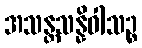
အသန္တသန္နိဝါသဉ္စ